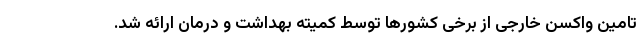
تامین واکسن خارجی از برخی کشورها توسط کمیته بهداشت و درمان ارائه شد.